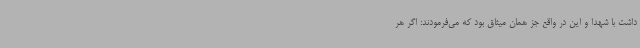
داشت با شهدا و این در واقع جز همان میثاق بود که می‌فرمودند: اگر هر